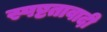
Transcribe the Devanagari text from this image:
स्पष्टतावादी